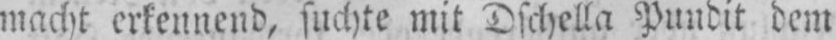
macht erkennend, suchte mit Dschella Pundit dem